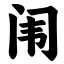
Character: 闱